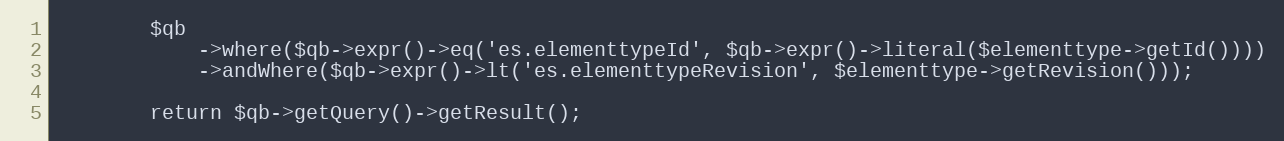
Language: PHP
        $qb
            ->where($qb->expr()->eq('es.elementtypeId', $qb->expr()->literal($elementtype->getId())))
            ->andWhere($qb->expr()->lt('es.elementtypeRevision', $elementtype->getRevision()));

        return $qb->getQuery()->getResult();